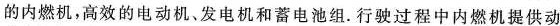
的内燃机，高效的电动机。发电机和蓄电池组。行驶过程中内燃机提供动